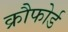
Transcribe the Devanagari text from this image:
क्रौफोर्ड